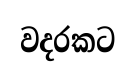
වදරකට